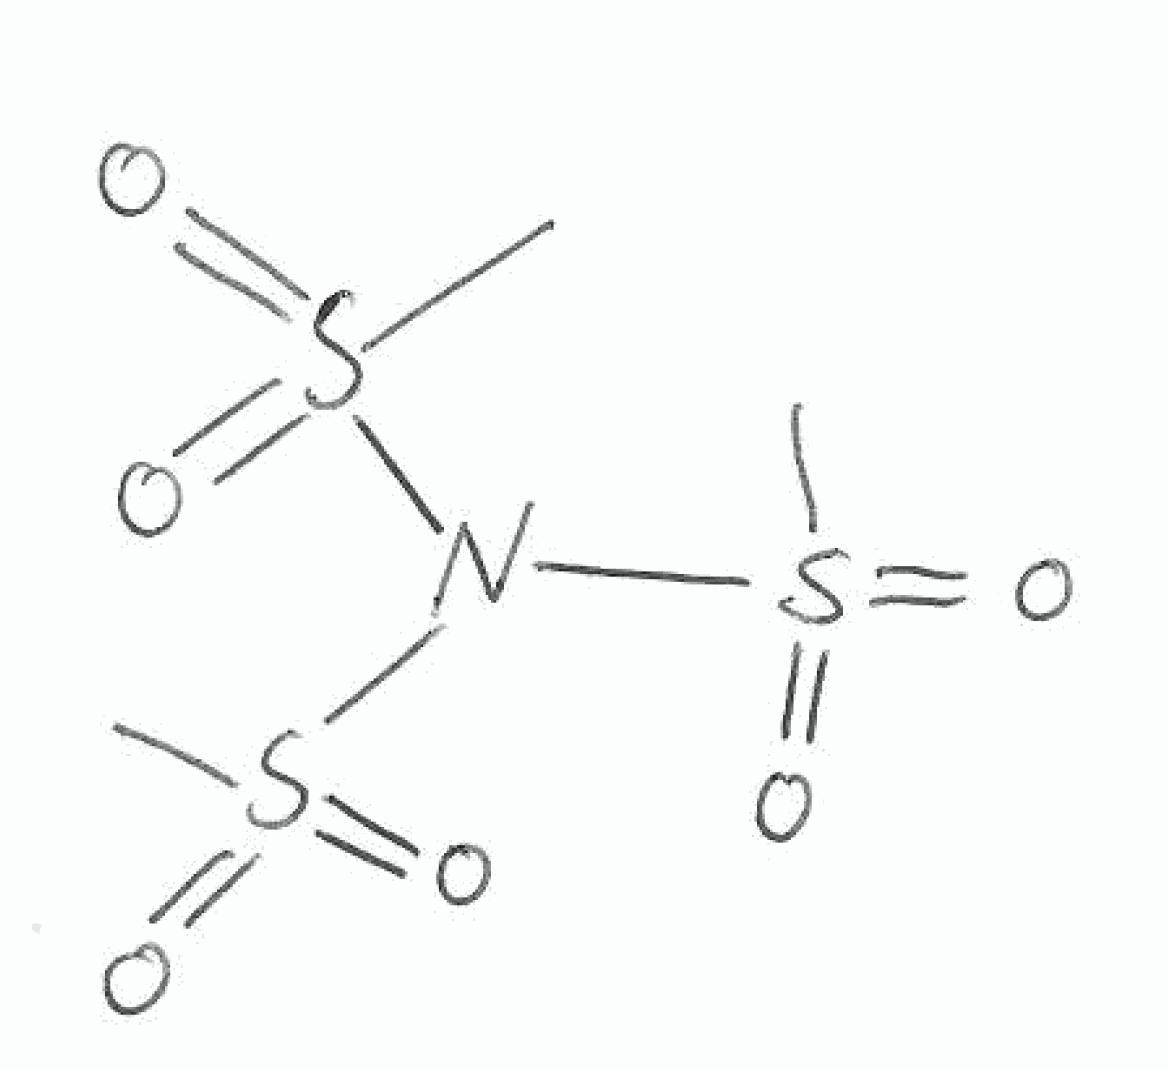
Simplified molecular-input line-entry system (SMILES) notation of the given molecule:
CS(=O)(=O)N(S(=O)(=O)C)S(=O)(=O)C